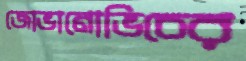
জোভানোভিচের